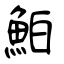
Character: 鮊